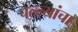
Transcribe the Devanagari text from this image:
पल्ल्यांचा